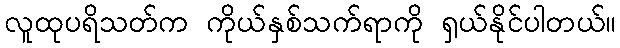
လူထုပရိသတ်က ကိုယ်နှစ်သက်ရာကို ရှယ်နိုင်ပါတယ်။